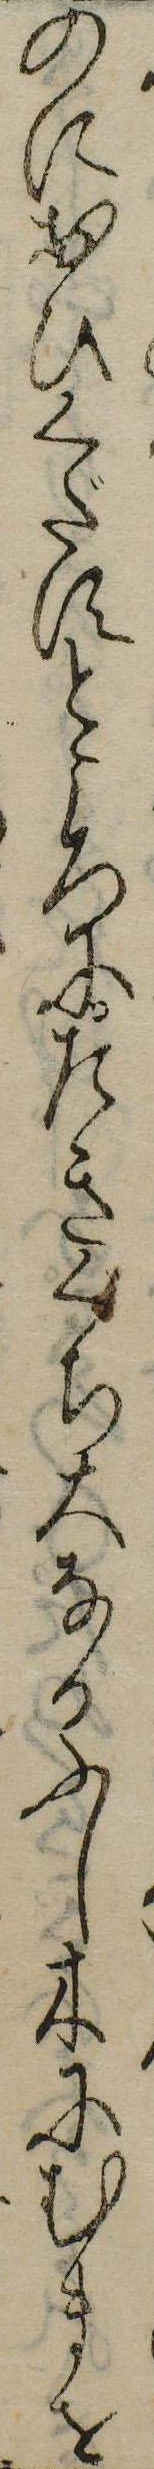
のにおひくだすところにたきぐち大なるふし木にむまを